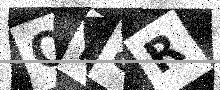
Text: QH8R